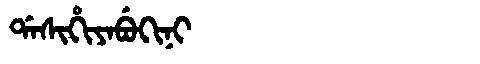
Manchu: ᡩᠠᠰᡳᡥᡳᠶᠠᠪᡠᡴᡳᠨᡳ
Romanization: DASIHIYABUKINI